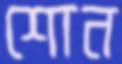
শোন